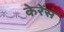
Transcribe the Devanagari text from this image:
केरेंस